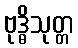
ဗုဒ္ဓိသုတ္တ